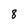
Character: 8